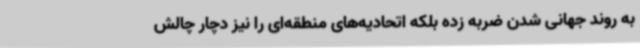
به روند جهانی شدن ضربه زده بلکه اتحادیه‌های منطقه‌ای را نیز دچار چالش